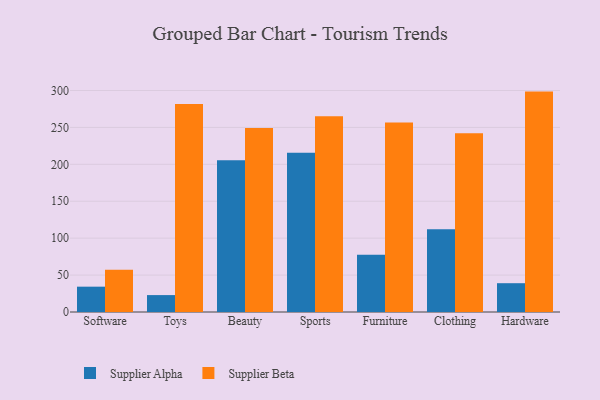
{"axis": {"x": "Category", "y": "Tickets Resolved"}, "legend": ["Supplier Alpha", "Supplier Beta"], "data": [{"x": "Software", "y": 34.3, "type": "Supplier Alpha"}, {"x": "Software", "y": 57.2, "type": "Supplier Beta"}, {"x": "Toys", "y": 22.9, "type": "Supplier Alpha"}, {"x": "Toys", "y": 281.7, "type": "Supplier Beta"}, {"x": "Beauty", "y": 205.5, "type": "Supplier Alpha"}, {"x": "Beauty", "y": 249.1, "type": "Supplier Beta"}, {"x": "Sports", "y": 215.8, "type": "Supplier Alpha"}, {"x": "Sports", "y": 265.1, "type": "Supplier Beta"}, {"x": "Furniture", "y": 77.4, "type": "Supplier Alpha"}, {"x": "Furniture", "y": 256.6, "type": "Supplier Beta"}, {"x": "Clothing", "y": 112.1, "type": "Supplier Alpha"}, {"x": "Clothing", "y": 242.2, "type": "Supplier Beta"}, {"x": "Hardware", "y": 39.0, "type": "Supplier Alpha"}, {"x": "Hardware", "y": 298.5, "type": "Supplier Beta"}]}